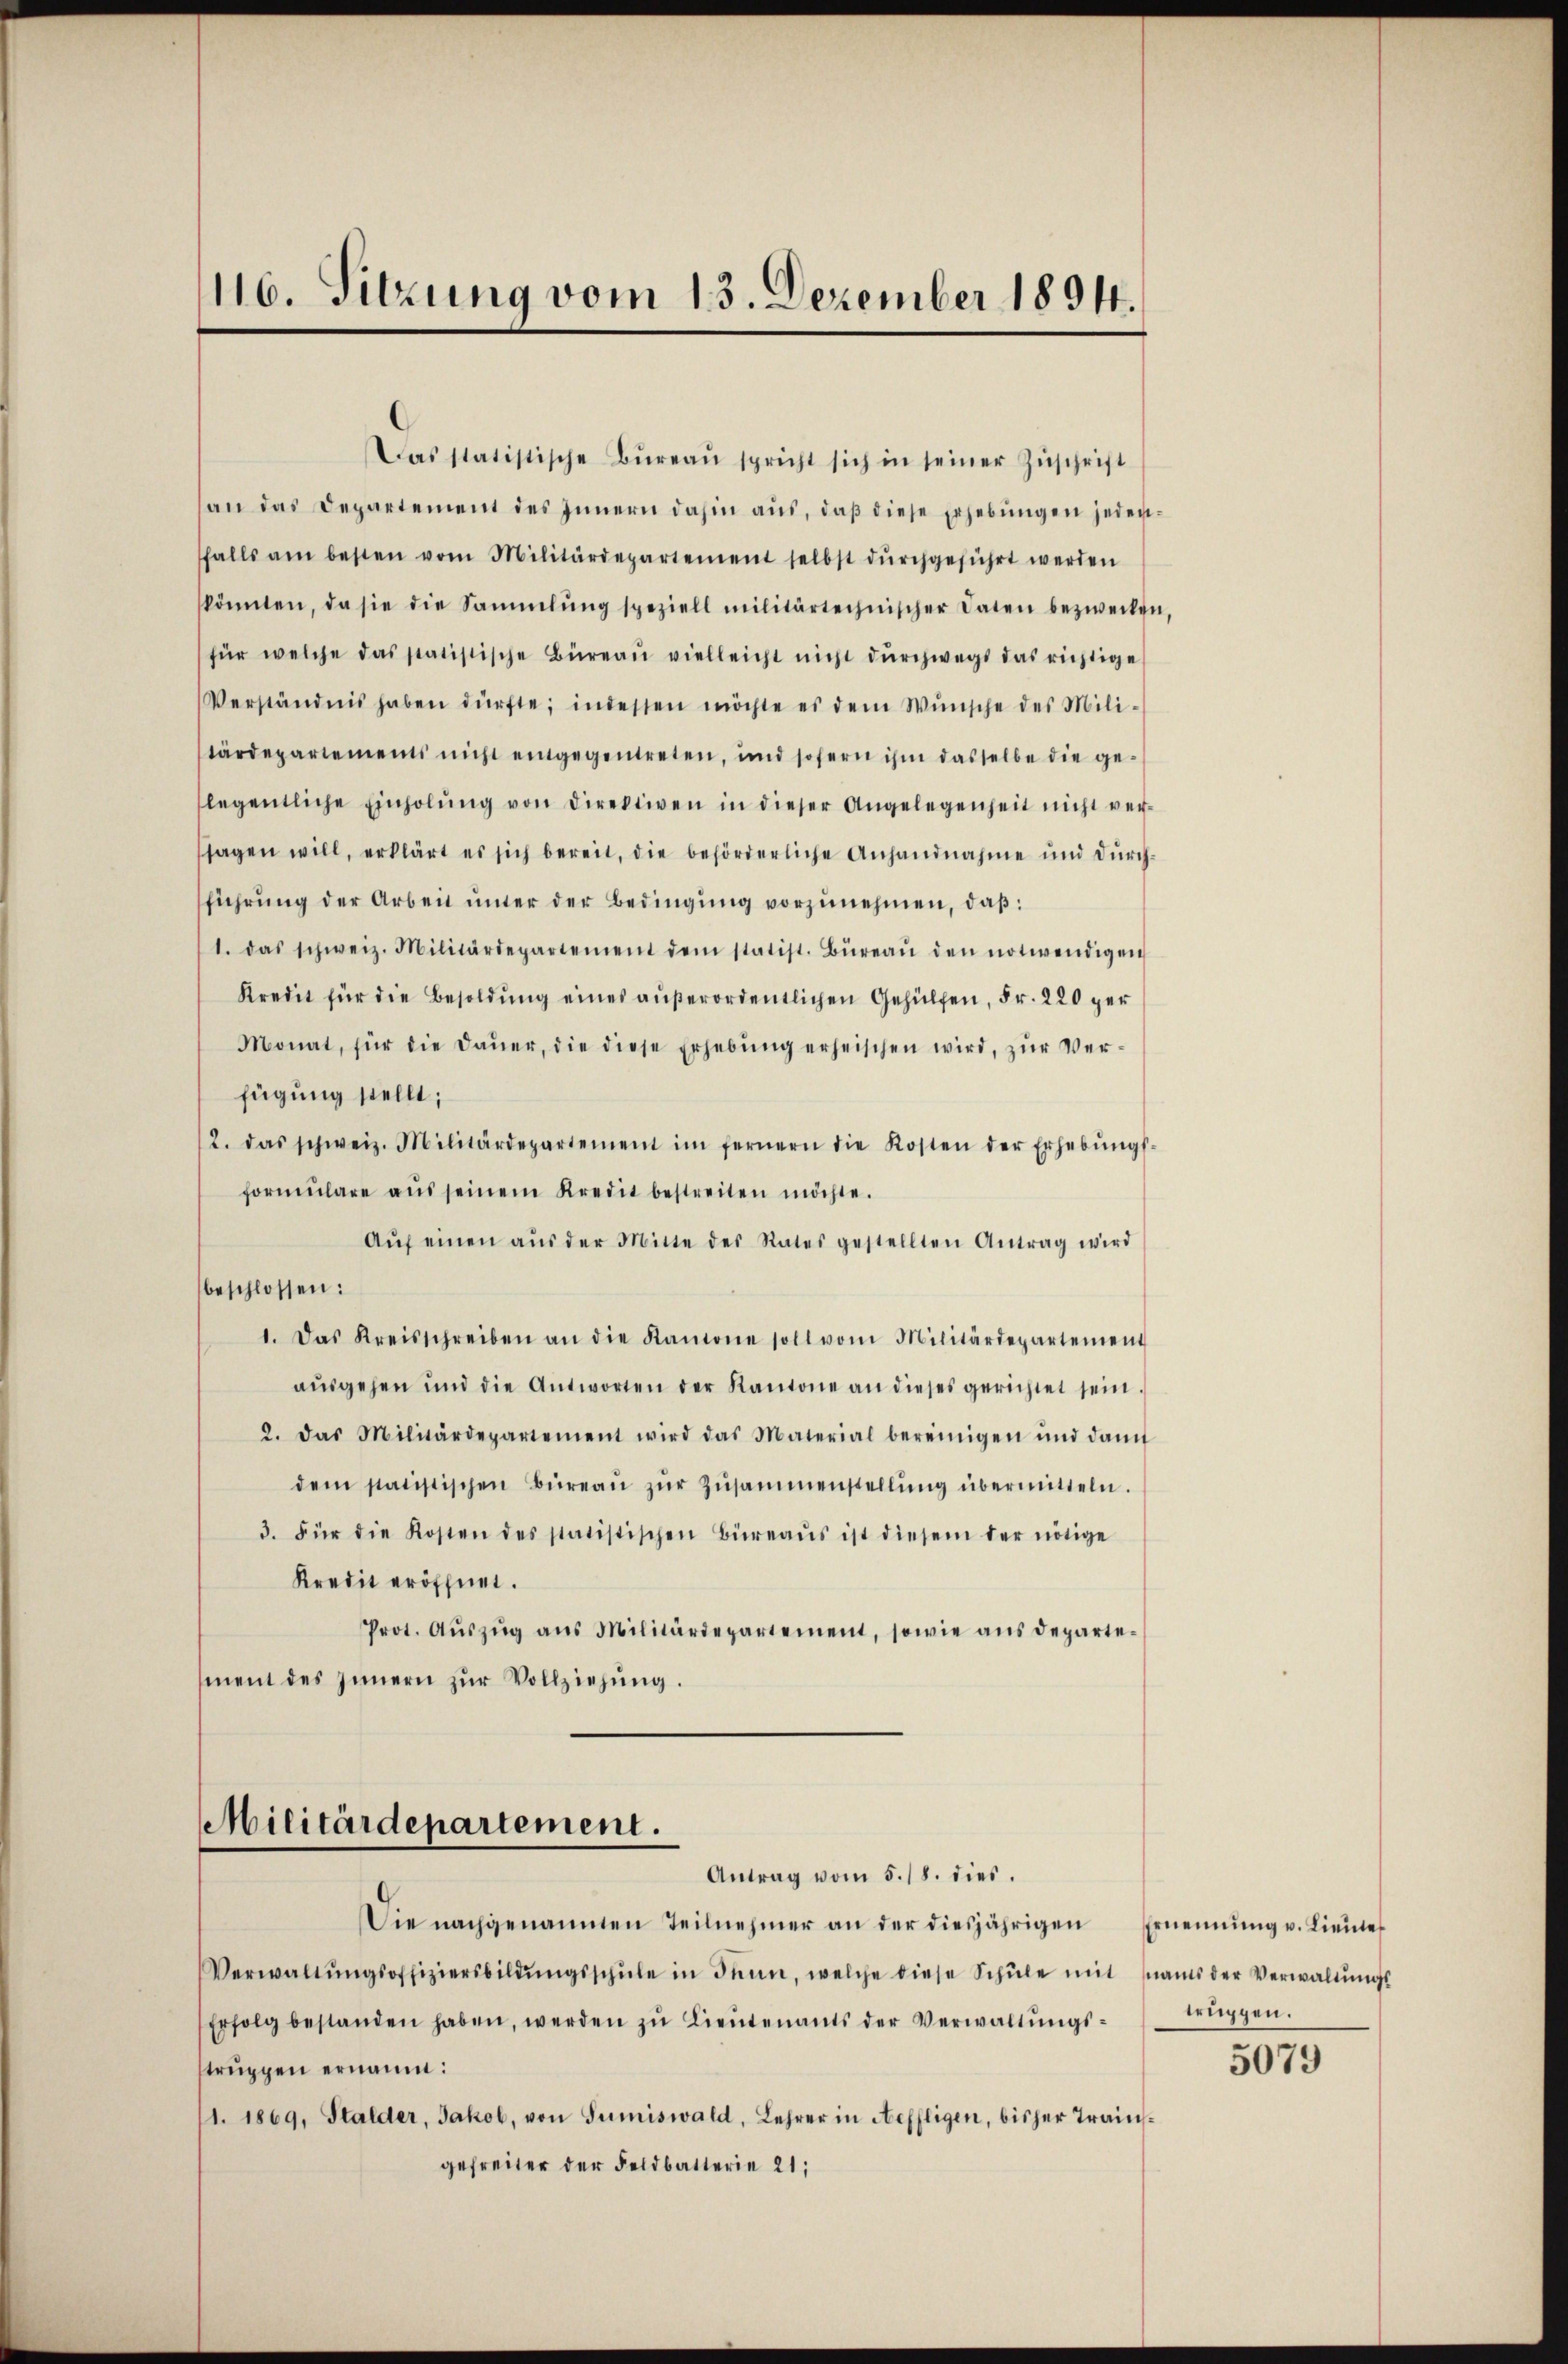
116. Sitzung vom 13. Dezember 1894.

Das statistische Büreaŭ spricht sich in seiner Zŭschrift
an das Departement des Innern dahin aŭs, daβ diese Erhebŭngen jedenfalls am besten vom Militärdepartement selbst dŭrchgeführt werden
könnten, da sie die Sammlung speziell militärtechnischer Daten bezwecken,
für welche das statistische Büreaŭ vielleicht nicht dŭrchwegs das richtige
Verständnis haben dürfte; indessen möchte es dem Wünsche des Mili-
tärdepartements nicht eingegentreten, und sofern ihm dasselbe die ge-
legentliche Einholŭng von Direktiven in dieser Angelegenheit nicht versagen will, erklärt es sich bereit, die beförderliche Anhandnahme und Durchführung der Arbeit ŭnter der Bedingung vorzunehmen, daß:
1. das schweiz. Militärdepartement dem statist. Büreaŭ den notwendigen
Kredit für die Besoldŭng eines aŭβerordentlichen Gehülfen, Fr. 220 per
Monat, für die Daŭer, die diese Erhebŭng erheischen wird, zŭr Verfügung stellt;
2. das schweiz. Militärdepartement im fernern die Kosten der Erhebŭngs-
formŭlare aŭs seinem Kredit bestreiten möchte.
Aŭf einen aŭs der Mitte des Rates gestellten Antrag wird
beschlossen:
1. Das Kreisschreiben an die Kanone soll vom Militärdepartement
aŭsgehen und die Antworten der Kantone an dieses gerichtet sein.
2. das Militärdepartement wird das Material bereinigen und dann
dem statistischen Büreaŭ zŭr Zŭsammenstellŭng übermitteln.
3. Für die Kosten des statistischen Büreaŭs ist diesem der nötige
Kredit eröffnet.
Prot. Aŭszŭg ans Militärdepartement, sowie aŭs departe-
ment des Innern zur Vollziehung.

Militärdepartement.
Antrag vom 5. 18. dies.

Die nachgenannten Teilnehmer an der diesjährigen Ernennung u. Lieute
Verwaltŭngsoffiziersbildŭngsschŭle in denn, welche diese Schŭle mit nams der Verwaltŭngs
Erfolg bestanden haben, werden zŭ Lieutenants der Verwaltŭngs-
truppen ernannt:
1. 1869, Stalder, Jakob, von Sumiswald, Lehrer in Neffligen, bisher Trainsgefreiter der Feldbatterie 21,

truppen.

5079